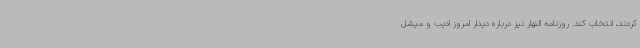
کردند، انتخاب کند. روزنامه النهار نیز درباره دیدار امروز ادیب و میشل